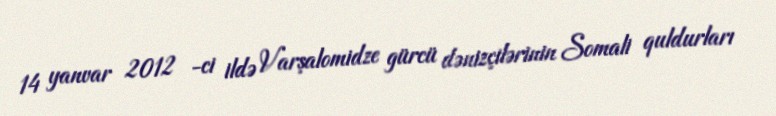
14 yanvar 2012 -ci ildə Varşalomidze gürcü dənizçilərinin Somali quldurları